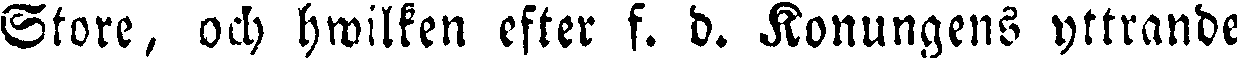
Store, och hwilken efter f. d. Konungens yttrande